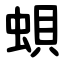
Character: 蛽